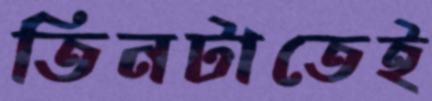
তিনটাতেই